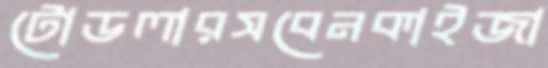
টোডলারসবেনকাইজা